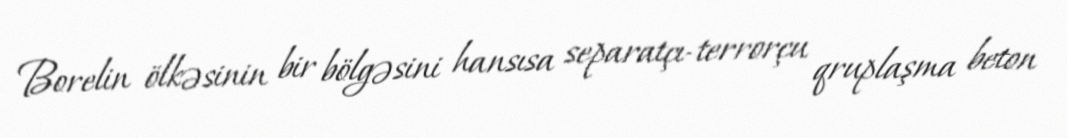
Borelin ölkəsinin bir bölgəsini hansısa separatçı-terrorçu qruplaşma beton